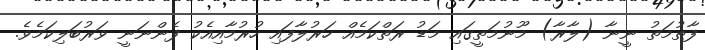
ފާތުމަތު ނީނާ (ލާރާ) މޫނުމަތީގައި މަޑު ރަތްކަމެއް ހަރުލާފައި ހުރުމާއިއެކު ފެންނަނީ ވަރުބަލިކަމެވެ.